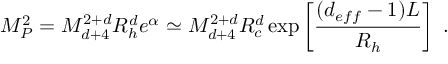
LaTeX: M _ { P } ^ { 2 } = M _ { d + 4 } ^ { 2 + d } R _ { h } ^ { d } e ^ { \alpha } \simeq M _ { d + 4 } ^ { 2 + d } R _ { c } ^ { d } \exp \left[ \frac { ( d _ { e f f } - 1 ) L } { R _ { h } } \right] \ .